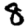
Digit: 8